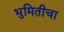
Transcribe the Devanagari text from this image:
भुमितीचा